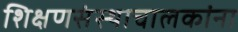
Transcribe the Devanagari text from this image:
शिक्षणसंस्थाचालकांना